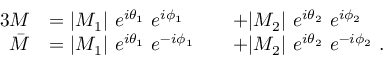
{ \begin{array} { r l r l } { { 3 } M } & { = | M _ { 1 } | \ e ^ { i \theta _ { 1 } } \ e ^ { i \phi _ { 1 } } } & & { + | M _ { 2 } | \ e ^ { i \theta _ { 2 } } \ e ^ { i \phi _ { 2 } } } \\ { { \bar { M } } } & { = | M _ { 1 } | \ e ^ { i \theta _ { 1 } } \ e ^ { - i \phi _ { 1 } } } & & { + | M _ { 2 } | \ e ^ { i \theta _ { 2 } } \ e ^ { - i \phi _ { 2 } } \ . } \end{array} }